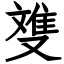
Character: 﨎